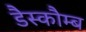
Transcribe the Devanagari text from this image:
डैस्कौम्ब